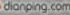
dianping.com